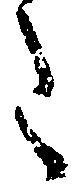
令